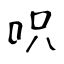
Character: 呮